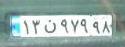
۱۲ن۹۷۹۹۸